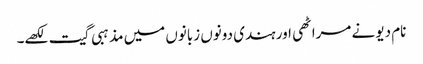
نام دیو نے مراٹھی اور ہندی دونوں زبانوں میں مذہبی گیت لکھے۔